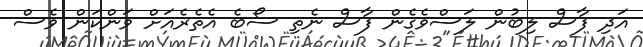
އަދި ފާސް ލިބުން ލަސްވެގެން ފާސް ނެތި ސޯބެ އެތެރެއަށް ވަންކަން ވެސް